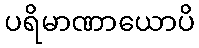
ပရိမာဏာယောပိ